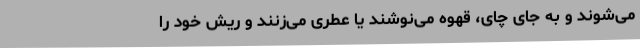
می‌شوند و به جای چای، قهوه می‌نوشند یا عطری می‌زنند و ریش خود را